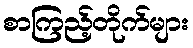
စာကြည့်တိုက်များ